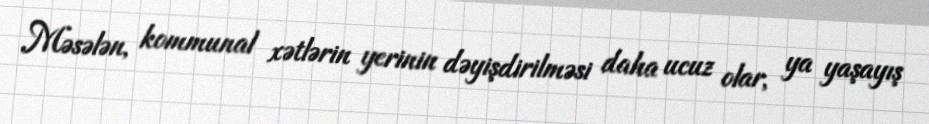
Məsələn, kommunal xətlərin yerinin dəyişdirilməsi daha ucuz olar, ya yaşayış